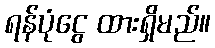
ရန်ပုံငွေ ထားရှိမည်။